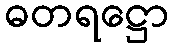
ဓတရဋ္ဌော